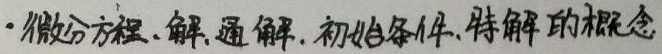
·微分方程、解、通解、初始条件、特解的概念